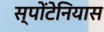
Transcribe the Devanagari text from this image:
स्पोंटेनियास